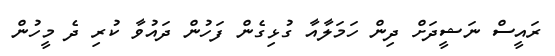
ރައީސް ނަޝީދަށް ދިން ހަމަލާއާ ގުޅިގެން ފަހުން ދައުވާ ކުރި ދެ މީހުން